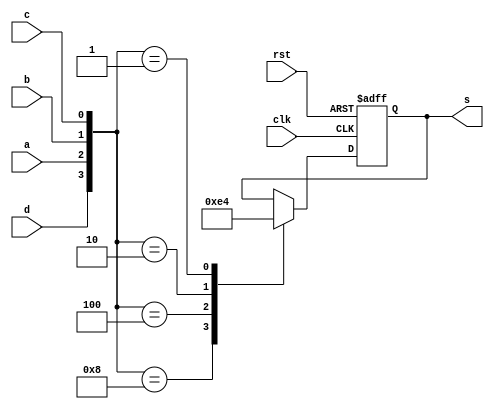
module modeSel (
	input clk, rst,
	input a, b, c, d,
	output reg [1:0] s
);
wire [3:0] i;
assign i = {d, a, b, c};

always@ (posedge clk, posedge rst)
		if(rst) s <= 2'b00;
		else
			case(i)
				4'b1000:		s<= 2'b11;
				4'b0100:		s<= 2'b10;
				4'b0010:		s<= 2'b01;
				4'b0001:		s<= 2'b00;
				default:	s<= s; 
			endcase

endmodule